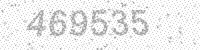
Solution: 469535